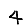
Digit: 4